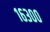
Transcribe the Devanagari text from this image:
१६३००